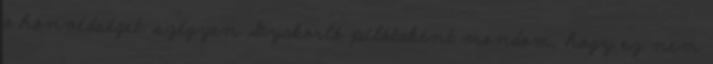
a honvédséget. szégyen Gyakorló pilótaként mondom, hogy ez nem